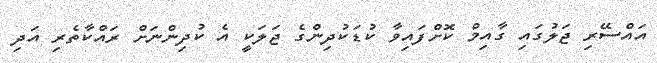
އައްސޭރި ޖަލުގައި ގާއިމް ކޮށްފައިވާ ކުޑަކުދިންގެ ޖަލަކީ އެ ކުދިންނަށް ރައްކާތެރި އަދި